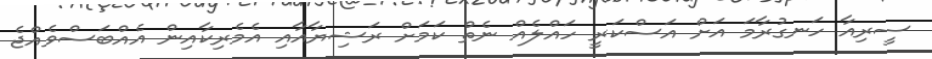
ސީރިއާ ހަނގުރާމަ އަށް އަސްކަރީ ހައްލެއް ނެތް ކަމަށް ރަޝިޔާއާއި އެމެރިކާއިން އެއްބަސްވެއްޖެ